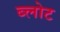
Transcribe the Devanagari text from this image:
ब्लोट